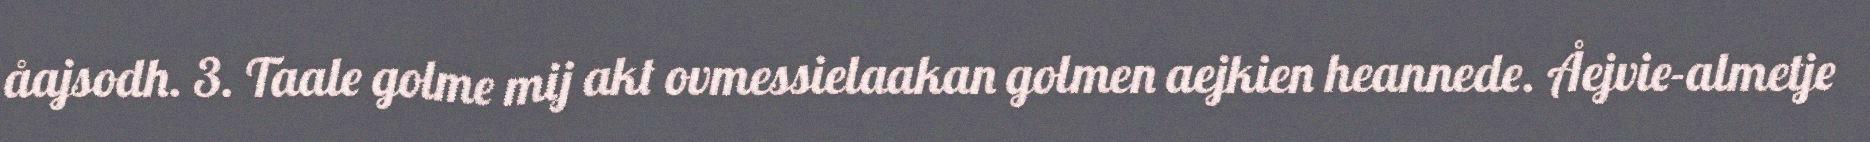
åajsodh. 3. Taale golme mij akt ovmessielaakan golmen aejkien heannede. Åejvie-almetje